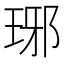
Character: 琊